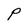
Character: P